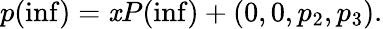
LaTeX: p(\operatorname*{inf})=\mathit{x}P(\operatorname*{inf})+(0,0,p_{2},p_{3}).